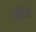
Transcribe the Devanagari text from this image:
कंटेंडर